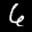
Label: 6